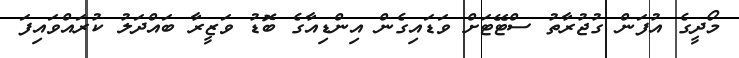
މޯދީގެ އުފަން ގުޖުރާތު ސްޓޭޓަށް ވަޑައިގެން އިންޑިއާގެ ބޮޑު ވަޒީރާ ބައްދަލު ކުރައްވައިފަ